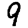
Digit: 9